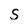
Character: s